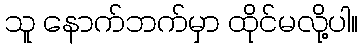
သူ နောက်ဘက်မှာ ထိုင်မလို့ပါ။